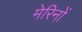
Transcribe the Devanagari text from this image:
मेरिनों